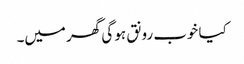
کیا خوب رونق ہو گی گھر میں۔